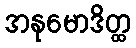
အနုမောဒိတ္ထ